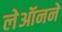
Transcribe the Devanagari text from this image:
लेऑनने